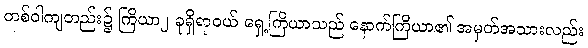
တစ်ဝါကျတည်း၌ ကြိယာ၂ ခုရှိရာဝယ် ရှေ့ကြိယာသည် နောက်ကြိယာ၏ အမှတ်အသားလည်း